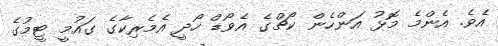
އެވެ. އެންމެ މޮޅު އަންހެން ކޯޗްގެ އެވޯޑް ހޯދީ އެމެރިކާގެ ގައުމީ ޓީމުގެ